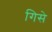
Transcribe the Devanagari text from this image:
गिसे